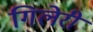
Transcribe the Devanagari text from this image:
गिलेरी